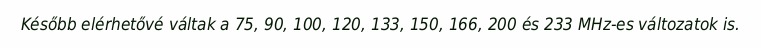
Később elérhetővé váltak a 75, 90, 100, 120, 133, 150, 166, 200 és 233 MHz-es változatok is.